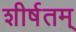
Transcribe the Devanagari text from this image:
शीर्षतम्